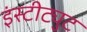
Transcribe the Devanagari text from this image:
इंस्‍टीट्युट